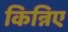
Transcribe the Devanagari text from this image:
किन्निए